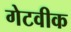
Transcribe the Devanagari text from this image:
गेटवीक